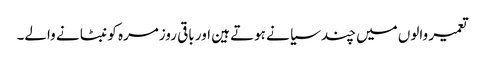
تعمیر والوں میں چند سیا نے ہوتے ہین اور باقی روزمرہ کو نبٹا نے والے۔